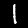
Label: 1